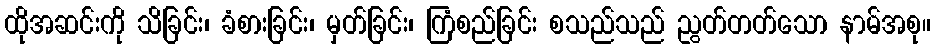
ထိုအဆင်းကို သိခြင်း၊ ခံစားခြင်း၊ မှတ်ခြင်း၊ ကြံစည်ခြင်း စသည်သည် ညွတ်တတ်သော နာမ်အစု။